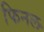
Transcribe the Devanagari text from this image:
फिनल